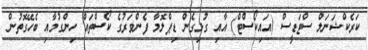
ކަރެކްޝަނަލް ސްޓަޑީސް (އައިކޯސްޓް) އާއި ގުޅިގެން ޑިޕްލޮމާ ފެންވަރުގެ ކޯސްތައް ހިންގުމާއި ބެހޭގޮތުން